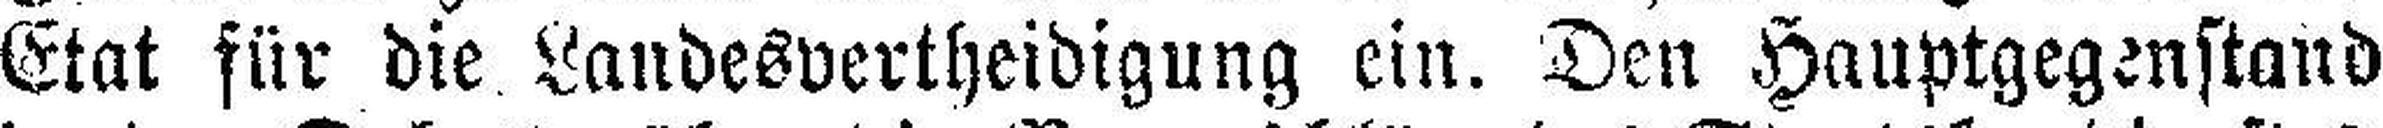
Etat für die Landesvertheidigung ein. Den Hauptgegenstand